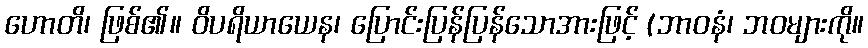
ဟောတိ၊ ဖြစ်၏။ ဝိပရိယာယေန၊ ပြောင်းပြန်ပြန်သောအားဖြင့် (ဘာဝနံ၊ ဘဝများကို။